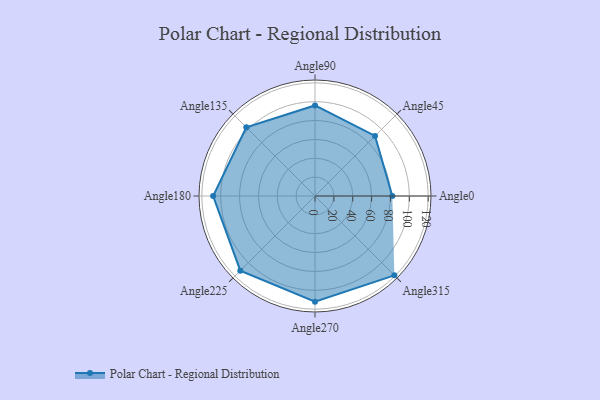
{"axis": {"x": "Angle", "y": "Radius"}, "legend": [""], "data": [{"x": "Angle0", "y": 82.0, "type": ""}, {"x": "Angle45", "y": 90.0, "type": ""}, {"x": "Angle90", "y": 96.0, "type": ""}, {"x": "Angle135", "y": 103.0, "type": ""}, {"x": "Angle180", "y": 108.0, "type": ""}, {"x": "Angle225", "y": 112.0, "type": ""}, {"x": "Angle270", "y": 112.0, "type": ""}, {"x": "Angle315", "y": 119.0, "type": ""}]}